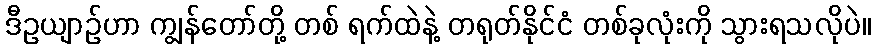
ဒီဥယျာဉ်ဟာ ကျွန်တော်တို့ တစ် ရက်ထဲနဲ့ တရုတ်နိုင်ငံ တစ်ခုလုံးကို သွားရသလိုပဲ။